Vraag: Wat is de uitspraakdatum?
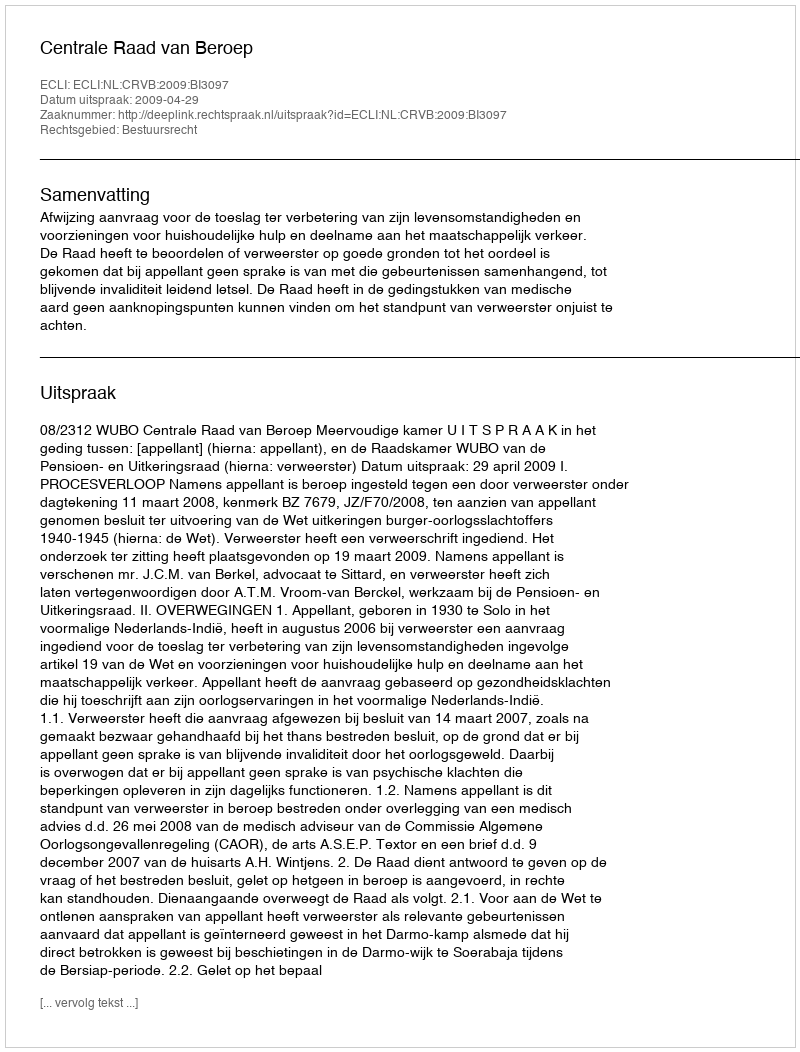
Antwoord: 2009-04-29